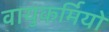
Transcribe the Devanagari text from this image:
वायुकर्मियों